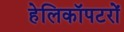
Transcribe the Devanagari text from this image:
हेलिकॉपटरों